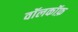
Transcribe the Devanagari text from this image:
वॉलकॉफ़